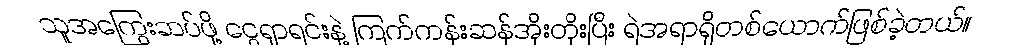
သူအကြွေးဆပ်ဖို့ ငွေရှာရင်းနဲ့ ကြက်ကန်းဆန်အိုးတိုးပြီး ရဲအရာရှိတစ်ယောက်ဖြစ်ခဲ့တယ်။